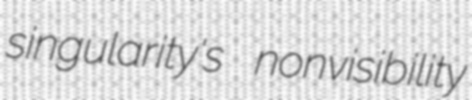
singularity's nonvisibility